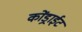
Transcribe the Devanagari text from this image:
कोंड्राईट